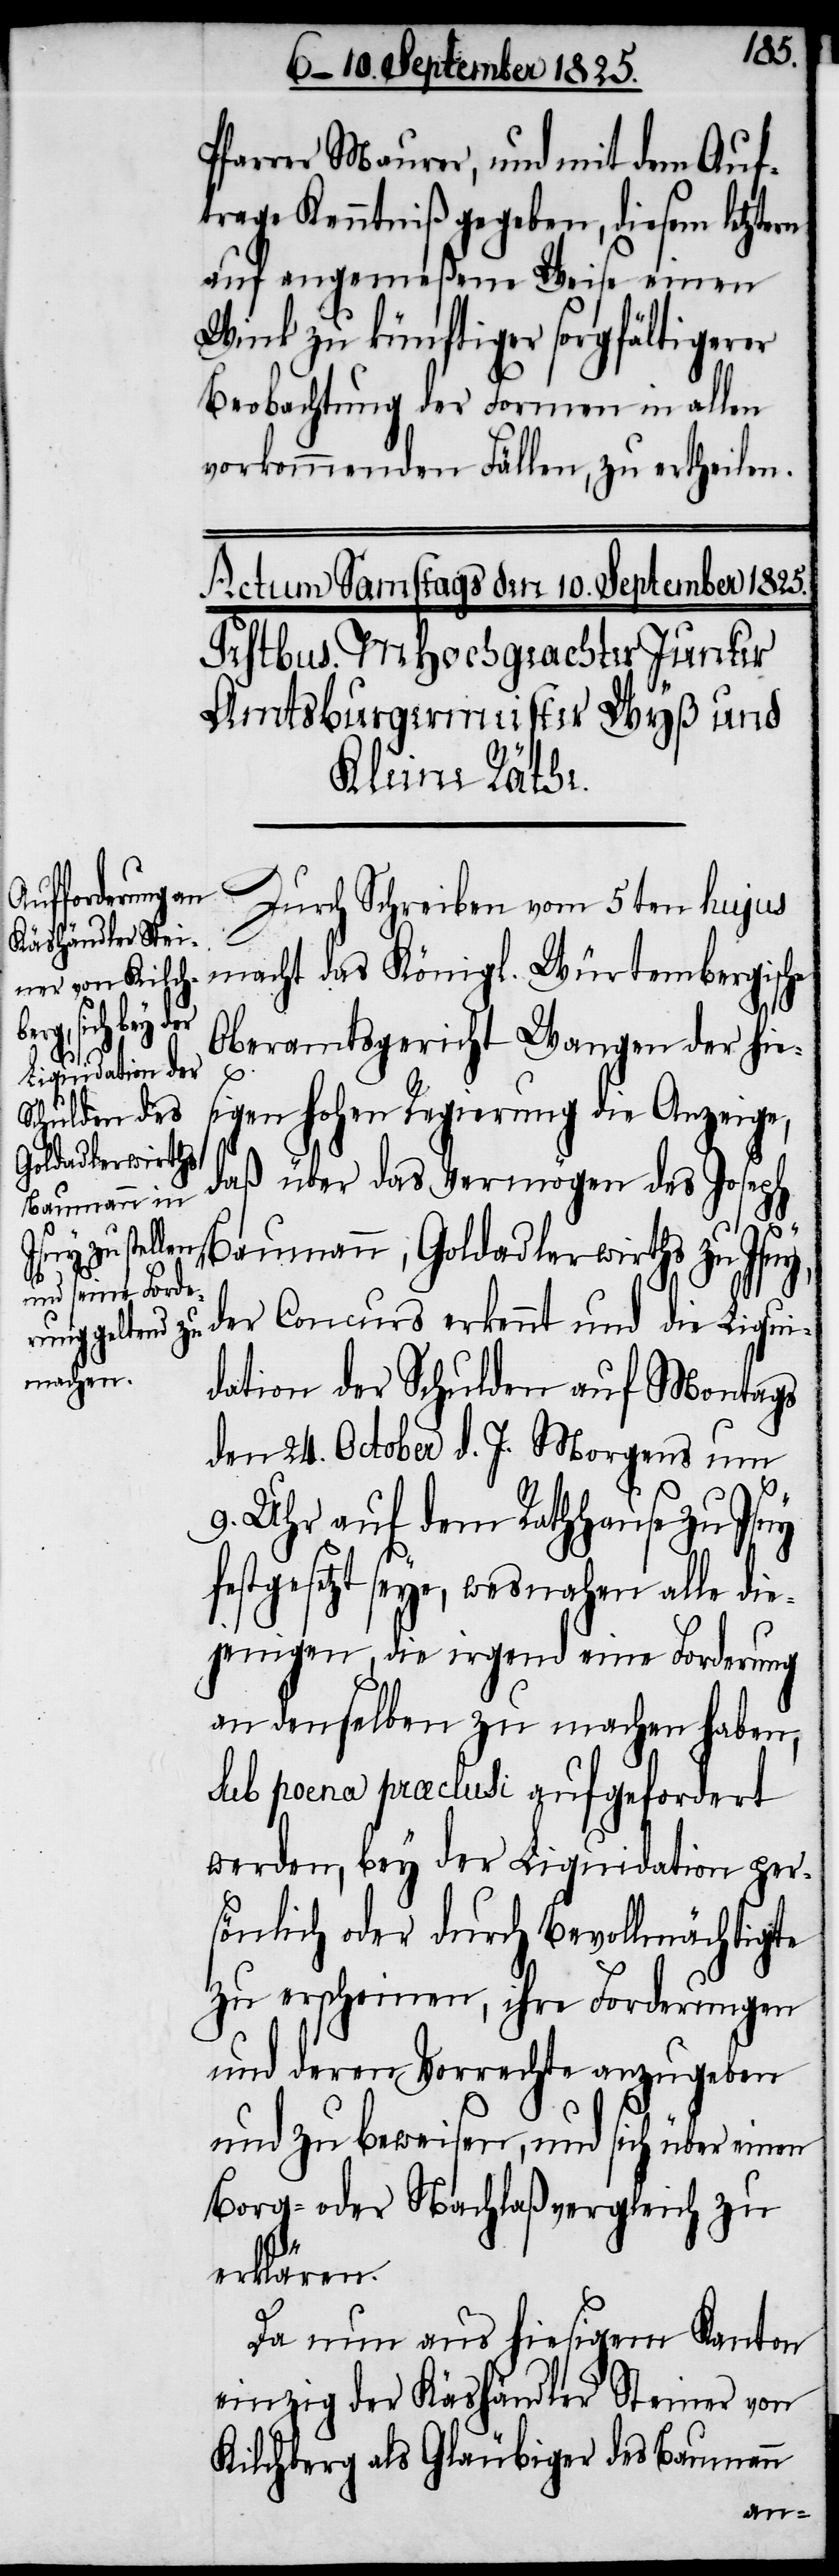
Pfarrer Maurer, und mit dem Auf¬
trage Kenntniß gegeben, diesem letzte¬
auf angemeßene Weise einen
Wink zu künftiger sorgfältigerer
Beobachtung der Formen in allen
vorkommenden Fällen, zu ertheilen.
Durch Schreiben vom 5ten hujus
macht das Königl. Würtembergische
Oberamtsgericht Wangen der hies¬
rn
igen hohen Regierung die Anzeige,
daß über das Vermögen des Joseph
Baumann, Goldadlerwirths zu Isny,
der Concurs erkennt und die Liqui¬
dation der Schulden auf Montags
den 24. October d. J. Morgens um
9. Uhr auf dem Rathhause zu Isny
festgesetzt seye, wesnahen alle die¬
jenigen, die irgend eine Forderung
an denselben zu machen haben,
sub poena praeclusi aufgefordert
werden, bey der Liquidation per¬
sönlich oder durch Bevollmächtigte
zu erscheinen, ihre Forderungen
und deren Vorrechte anzugeben
und zu beweisen, und sich über einen
Borg- oder Nachlaßvergleich zu
erklären.
Da und aus hiesigem Kanton
einzig der Käshändler Steiner von
Kilchberg als Gläubiger des Baumann